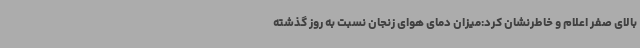
بالای صفر اعلام و خاطرنشان کرد:میزان دمای هوای زنجان نسبت به روز گذشته